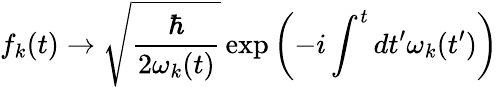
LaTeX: f_{k}(t)\rightarrow{\sqrt{\frac{\hbar}{2\omega_{k}(t)}}}\exp\left(-i\int^{t}dt^{\prime}\omega_{k}(t^{\prime})\right)